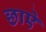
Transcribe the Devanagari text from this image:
छाऐ